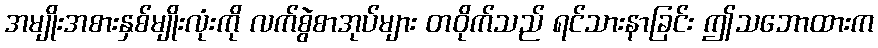
အမျိုးအစားနှစ်မျိုးလုံးကို လက်စွဲစာအုပ်များ တဝိုက်သည် ရင်သားနာခြင်း ဤသဘောထားက